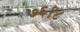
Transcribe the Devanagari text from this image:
७६१८